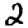
Digit: 2